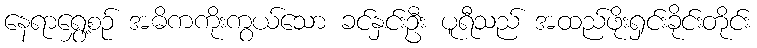
နေရာရွှေ့စဉ် အဓိကကိုးကွယ်သော ခင်နှင်းဦး ပူရီသည် အထည်ဖိုးရှင်းခိုင်းတိုင်း